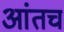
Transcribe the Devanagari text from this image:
आंतच